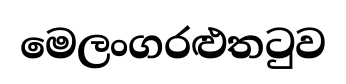
මෙලංගරළුතටුව